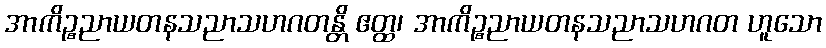
အာကိဉ္စညာယတနသညာသဟဂတန္တိ ဧတ္ထ၊ အာကိဉ္စညာယတနသညာသဟဂတ ဟူသော